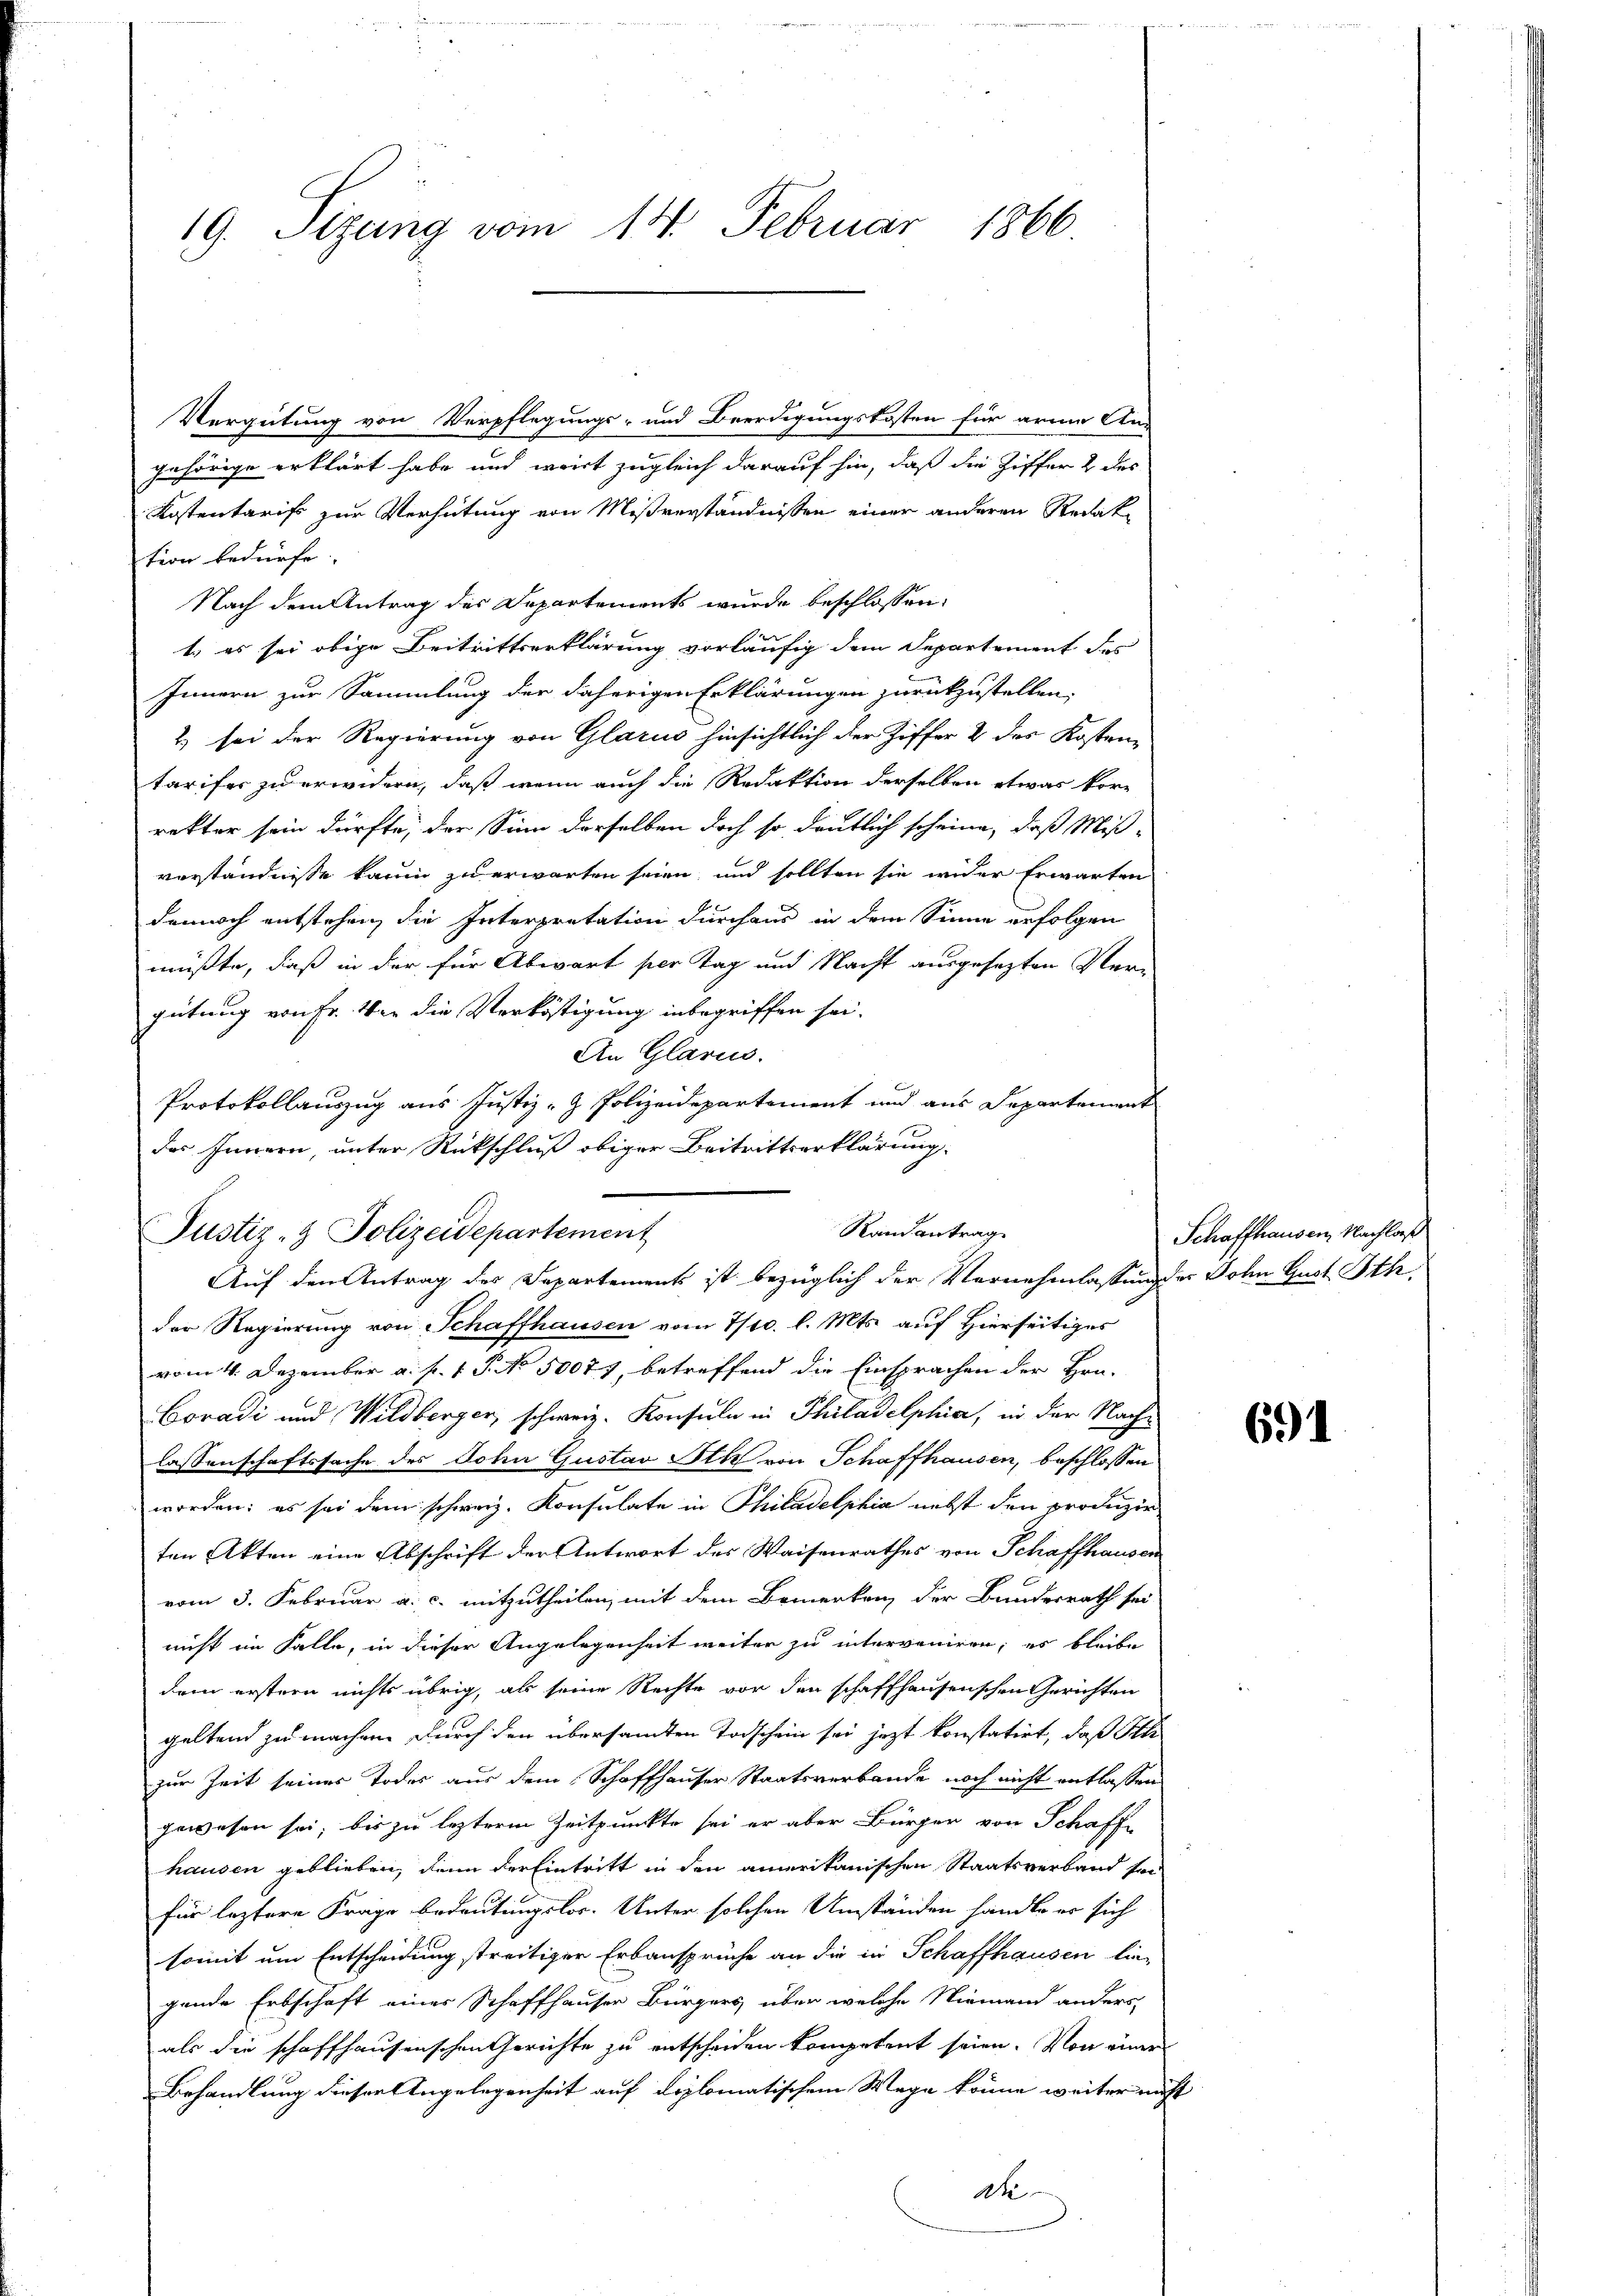
19. Sizung vom 14. Februar 1866

Vergütung von Verpflegungs- und Beerdigungskosten für arme An-
gehörige erklärt habe und wirt zugleich darauf hin, daß die Ziffer 2 des
Kostentaris zur Verhütung von Mißverständnissen einer anderen Redak
tion bedürfe.
Nach dem Antrag des Departements wurde beschlossen:
1., es sei obige Beitrittserklärung vorläufig dem Departement des
Innern zur Sammlung der daherigen Erklärungen zurückzustellen.
2) sei der Regierung von Glarus hinsichtlich der Ziffer 2 des Kosten-
tarifer zu erwidern, daß wenn auch die Redaktion derselben etwas kor-
rakter sein dürfte, der Sinn derselben doch so deutlich scheine, daß Miß-
verständnisse kaum zu erwarten seien, und sollten sie wider Erwarten
dennoch entstehen, die Interpretation durchaus in dem Sinne erfolgen
müßte, daß in der für Abwart per Tag und Nacht ausgesezten Vergütung von Fr. Wer die Verköstigung inbegriffen sei.
An Glarus.
Protokollauszug aus Justiz- & Polizeidepartement und aus Departement
des Innern, unter Rückschluß obiger Beitrittserklärung
der Regierung von Schaffhausen vom 7/10. l. Mts. auf Hierseitiges
vom 4. Dezember a. f. 1 P. No 50077, betreffend die Einsprachen der Hrn.
Coradi und Wildberger, schweiz. Konsuln in Philadelphia, in der Nachlassenschaftssache des John Gustav Ath von Schaffhausen, beschlossen
worden: es sei dem schweiz. Konsulate in Philadelphia nebst den produzir
ten Akten eine Abschrift der Antwort des Waisenrathes von Schaffhausen
vom 3. Februar a. c. mitzutheilen, mit dem Bemerken, der Bundesrath sei
nicht im Falle, in dieser Angelegenheit weiter zu interveniren; es bleibe
dem erstern nichts übrig, als seine Rechte vor den schaffhausenschen Gerichten
geltend zu machen durch den übersammten Todschein sei jezt konstatirt, daß Ihr
zur Zeit seines Todes aus dem Schaffhauser Staatsverbande noch nicht entlassen
gewesen sei, bis zu leztere Zeitpunkte sei er aber Bürger von Schaffe
hausen geblieben, denn der Eintritt in den amerikanischen Staatsverband son
für leztere Frage bedeutungslos. Unter solchen Umständen handle er sich
somit um Entscheidung streitiger Erbansprüche an die in Schaffhausen lie-
gende Erbschaft einer Schaffhauser Bürgers über welche Niemand anders,
als die schaffhausenschen Gerichte zu entscheiden kompetent seien. Von einer
Behandlung dieser Angelegenheit auf diplomatischem Wege könne weiter nicht
dte

Justiz- & Polizeidepartement

Rand antrag
Auf den Antrag des Departements ist bezüglich der Vernehmlassung der Sohn Gust Ith

Schaffhausen Nachlaß

691